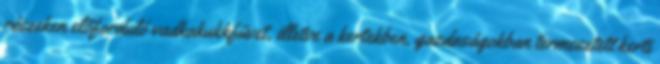
részeken előforduló vadkakukkfüvet, illetve a kertekben, gazdaságokban termesztett kerti